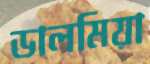
ডালমিয়া